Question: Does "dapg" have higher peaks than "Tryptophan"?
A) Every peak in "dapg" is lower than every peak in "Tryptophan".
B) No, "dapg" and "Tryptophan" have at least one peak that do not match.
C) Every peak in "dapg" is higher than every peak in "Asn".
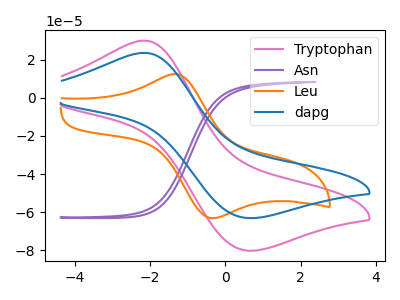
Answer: <think>The pink curve "Tryptophan" has an anodic peak at (-2.15V, 30.00uA) and a cathodic peak at (0.60V, -80.15uA). The purple curve "Asn" has no peaks. The orange curve "Leu" has an anodic peak at (-1.30V, 12.40uA) and a cathodic peak at (-0.35V, -63.15uA). The blue curve "dapg" has an anodic peak at (-2.15V, 23.60uA) and a cathodic peak at (0.60V, -63.05uA).</think>
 <answer>A) Every peak in "dapg" is lower than every peak in "Tryptophan".</answer>
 <eval>A</eval>